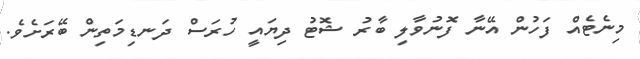
މިނެޓެއް ފަހުން އޭނާ ފޮނުވާލި ބާރު ޝޮޓު ދިޔައީ ހުރަސް ދަނޑިމަތިން ބޭރަށެވެ.